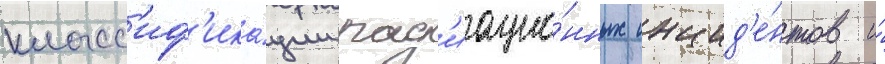
класс'иф'ика́ции рад'иацио́нных инцид'е́нтов и́